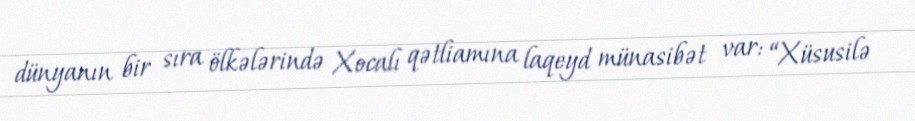
dünyanın bir sıra ölkələrində Xocalı qətliamına laqeyd münasibət var: “Xüsusilə